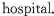
hospital.